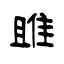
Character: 雎